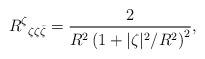
LaTeX: \begin{align*}R^\zeta{}_{\zeta\zeta \bar\zeta} = \frac{2}{R^2 \left(1 + {|\zeta|^2}/{R^2}\right)^2},\end{align*}